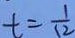
t = \frac { 1 } { 1 2 }